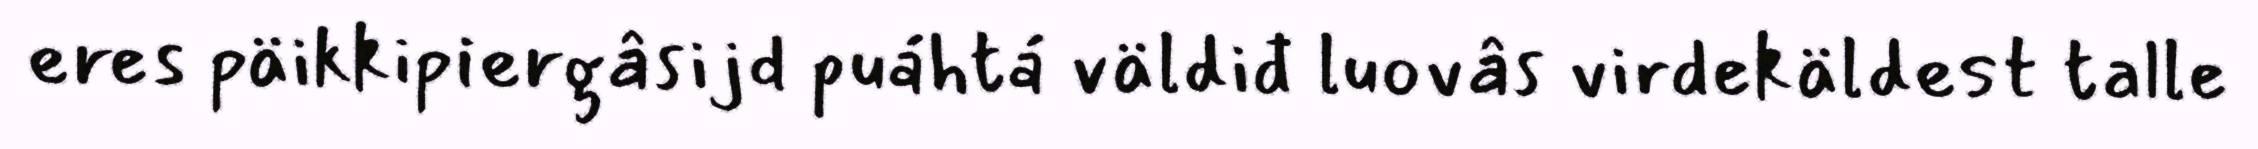
eres päikkipiergâsijd puáhtá väldiđ luovâs virdekäldest talle